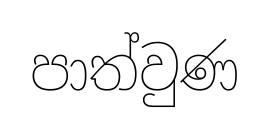
පාත්වුණ